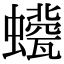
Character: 𧔀